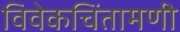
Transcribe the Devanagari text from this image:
विवेकचिंतामणी